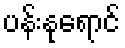
ပန်းနုရောင်